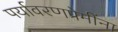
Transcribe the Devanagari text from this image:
पर्यावरणप्रेमींना